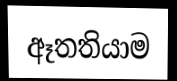
ඈතතියාම